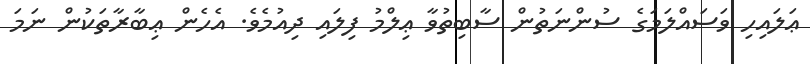
ޢަލައިހި ވަސައްލަމަގެ ސުންނަތުން ސާބިތުވާ ޢިލްމު ފިލައި ދިއުމެވެ. އެހެން ޢިބާރާތަކުން ނަމަ